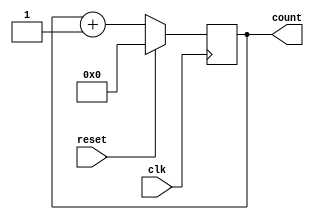
module counter (
    input clk,
    input reset,
    output reg [7:0] count
);

always @(posedge clk) begin
    if (reset) begin
        count <= 8'b0;
    end else begin
        count <= count + 8'b1;
    end
end

endmodule